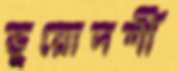
ভূয়োদর্শী